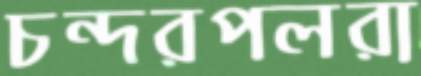
চন্দরপলরা